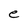
Character: e